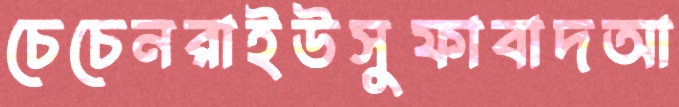
চেচেনরাইউসুফাবাদআ